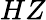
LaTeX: HZ